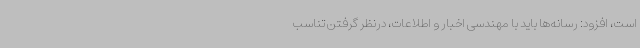
است، افزود: رسانه‌ها باید با مهندسی اخبار و اطلاعات، درنظر گرفتن تناسب